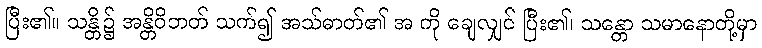
ပြီး၏။ သန္တိ၌ အန္တိဝိဘတ် သက်၍ အသ်ဓာတ်၏ အ ကို ချေလျှင် ပြီး၏၊ သန္တော သမာနောတို့မှာ